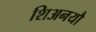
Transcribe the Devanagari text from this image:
शिअनयौ